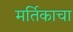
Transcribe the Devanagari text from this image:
मर्तिकाचा